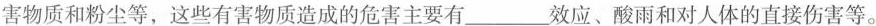
害物质和粉尘等，这些有害物质造成的危害主要有___效应、酸雨和对人体的直接伤害等。